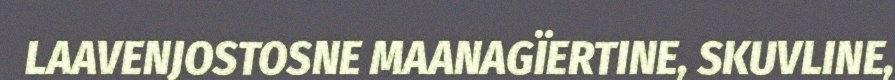
LAAVENJOSTOSNE MAANAGÏERTINE, SKUVLINE,